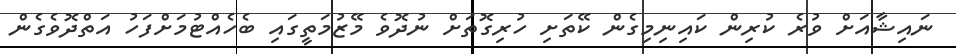
ނައިޝާއަށް ވުރެ ކުރިން ކައިނިމިގެން ކޭތަށި ހުރިގޮތަށް ނުދޮވެ މޭޒުމަތީގައި ބެހެއްޓުމަށްފަހު އަތްދޮވެގެން